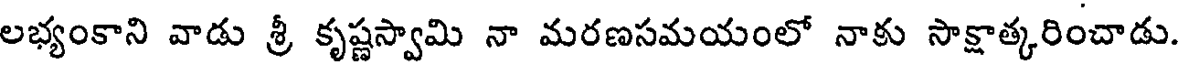
లభ్యంకాని వాడు శ్రీ కృష్ణస్వామి నా మరణసమయంలో నాకు సాక్షాత్కరించాడు.